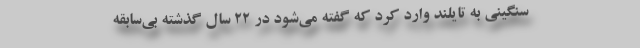
سنگینی به تایلند وارد کرد که گفته می‌شود در ۲۲ سال گذشته بی‌سابقه